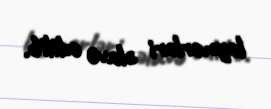
laynerləri əlavə edilib.